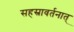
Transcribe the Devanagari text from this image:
सहस्रावर्तनात्‌